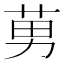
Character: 莮